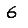
Digit: 6